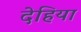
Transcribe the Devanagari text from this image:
देहिया